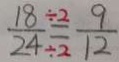
\frac { 1 8 } { 2 4 } = \frac { 9 } { 1 2 }